65_HS1-834228961_62-HQ-83894_Section_7
Agency: FBI
Page 52
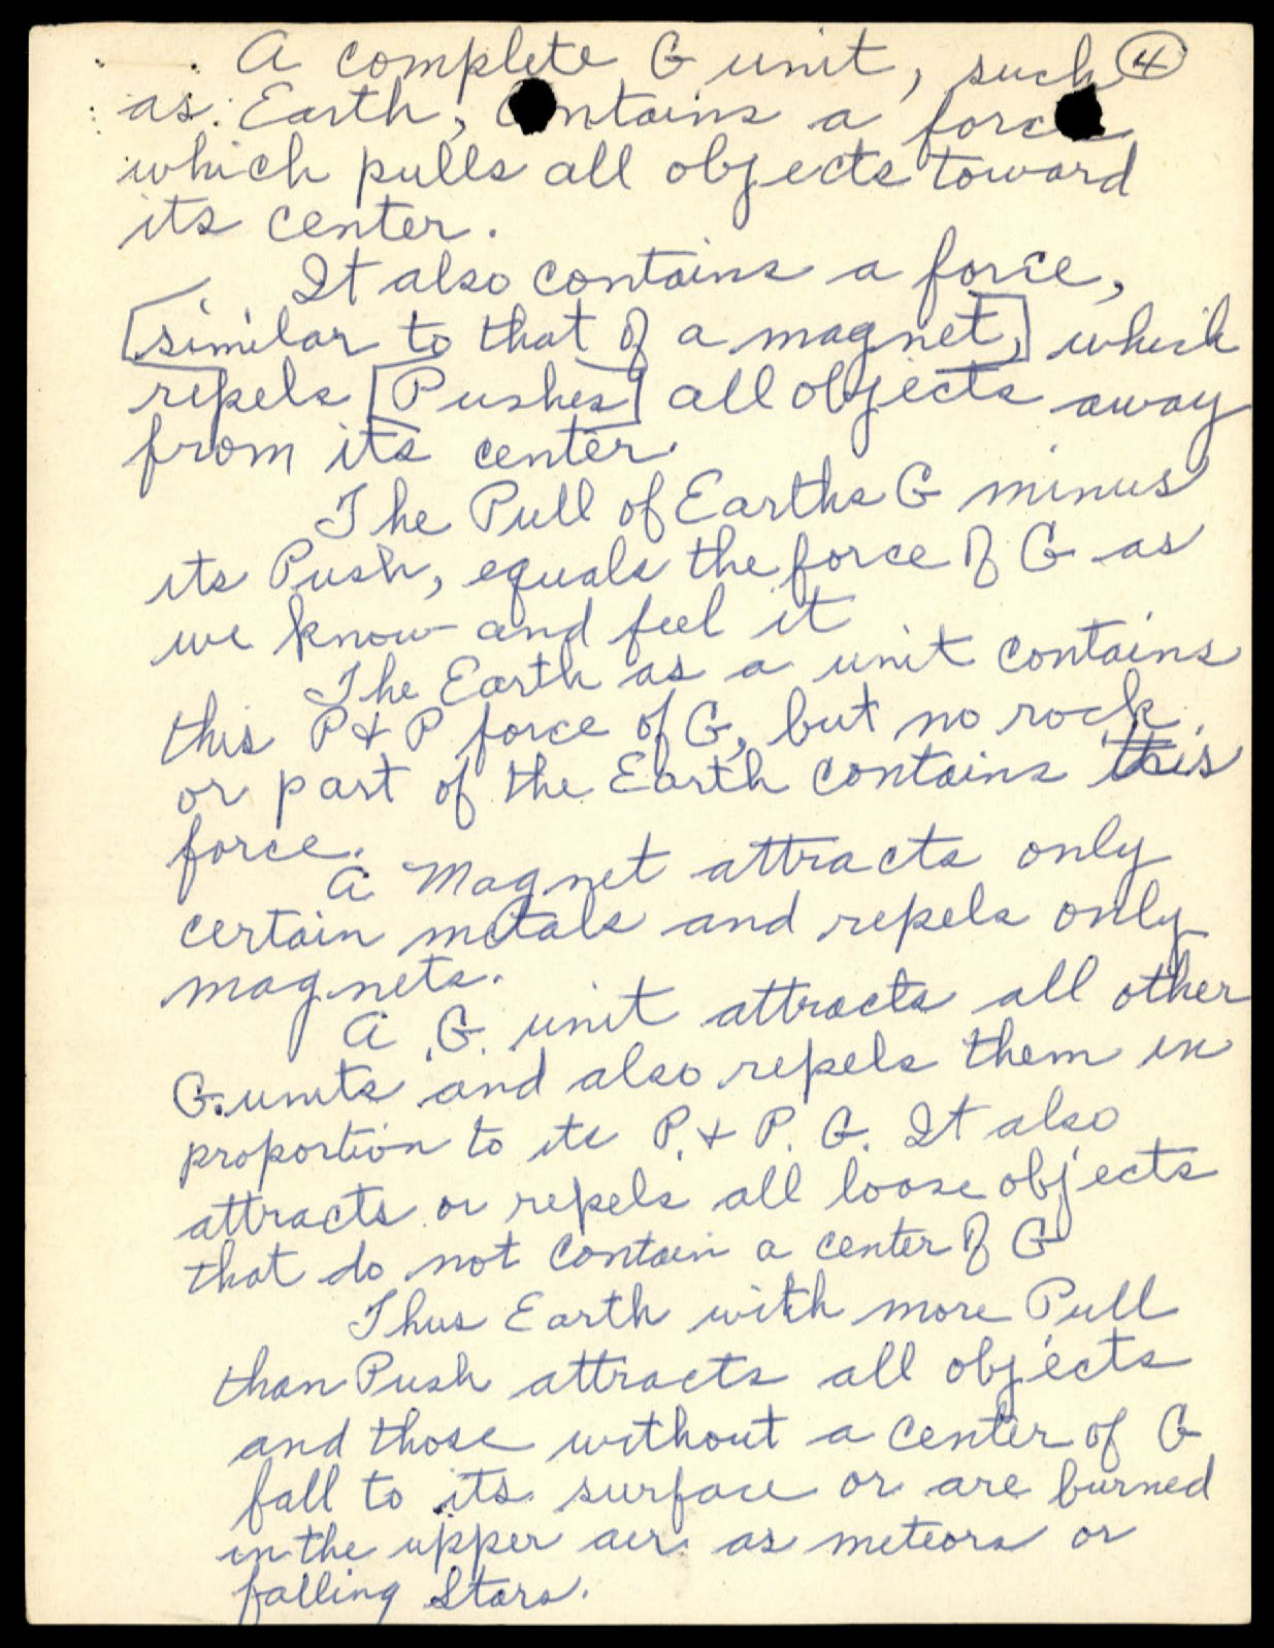